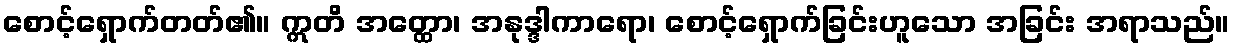
စောင့်ရှောက်တတ်၏။ ဣတိ အတ္ထော၊ အနုဒ္ဒါကာရော၊ စောင့်ရှောက်ခြင်းဟူသော အခြင်း အရာသည်။